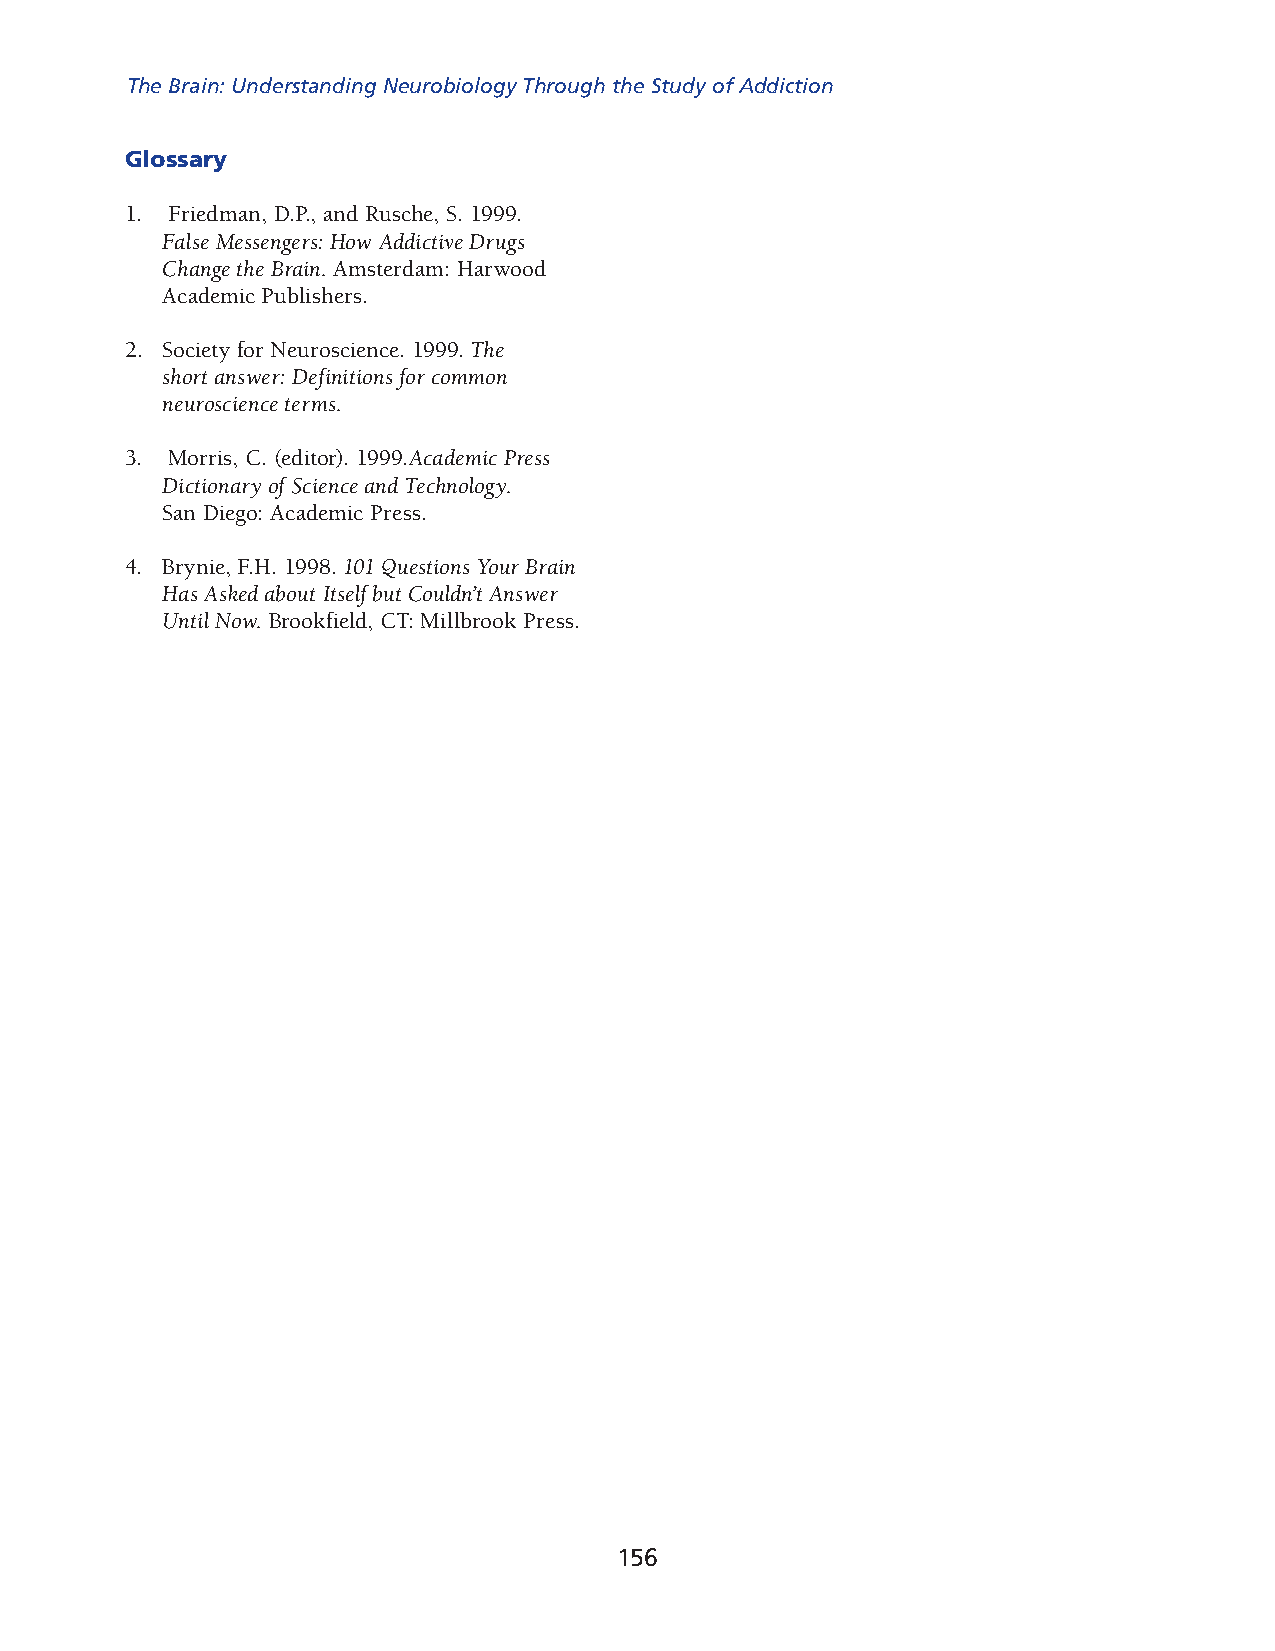
The Brain: Understanding Neurobiology Through the Study of Addiction
 Glossary
 1. Friedman, D.P., and Rusche, S. 1999.
 False Messengers: How Addictive Drugs
 Change the Brain. Amsterdam: Harwood
 Academic Publishers.
 2. Society for Neuroscience. 1999. The
 short answer: Definitions for common
 neuroscience terms.
 3. Morris, C. (editor). 1999. Academic Press
 Diction ary of Science and Technology.
 San Diego: Academic Press.
 4. Brynie, F.H. 1998. 101 Questions Your Brain
 Has Asked about Itself but Couldn’t Answer
 Until Now. Brookfield, CT: Millbrook Press.
 156